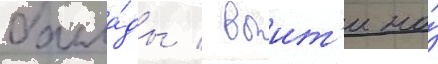
балла́ды / выит'и на́